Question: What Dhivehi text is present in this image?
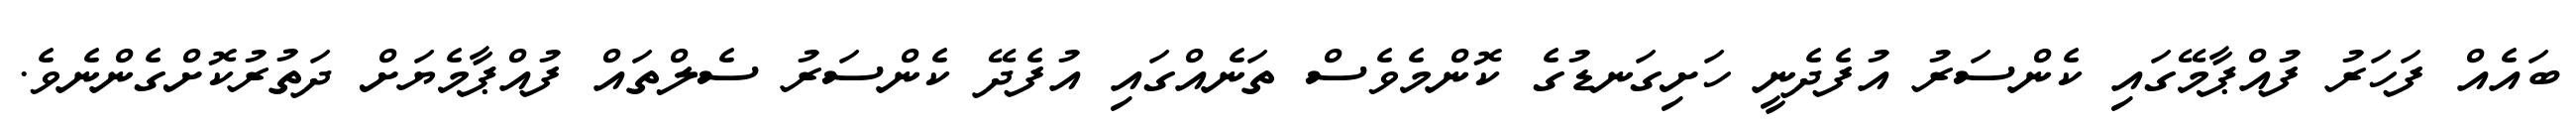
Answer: ބައެއް ފަހަރު ފުއްޕާމޭގައި ކެންސަރު އުފެދެނީ ހަށިގަނޑުގެ ކޮންމެވެސް ތަނެއްގައި އުފެދޭ ކެންސަރު ސެލްތައް ފުއްޕާމެޔަށް ދަތުރުކޮށްގެންނެވެ.